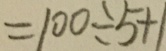
= 1 0 0 \div 5 + 1